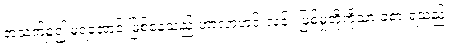
အသက်ရှူ၍ မရအောင် ဖြစ်နေသည့် ဟာလာဟင်းလင်း ဖြစ်မှုတို့ကိုသာ ခံစားရသည်။